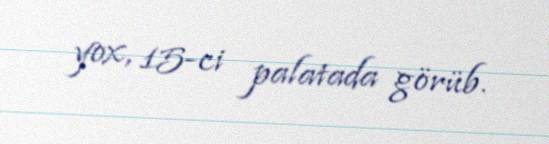
yox, 15-ci palatada görüb.